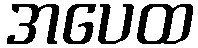
အပေထ